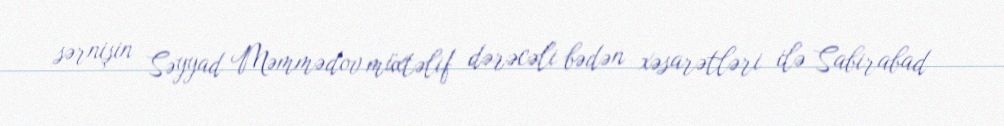
sərnişin Səyyad Məmmədov müxtəlif dərəcəli bədən xəsarətləri ilə Sabirabad